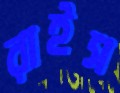
রাইস